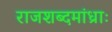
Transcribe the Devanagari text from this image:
राजशब्दमांध्राः